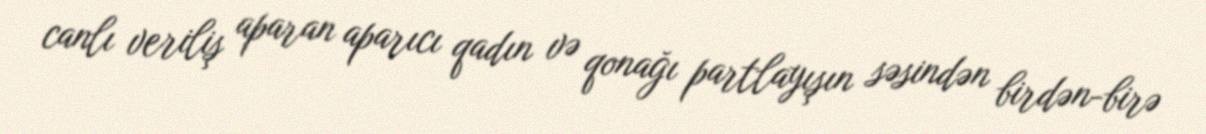
canlı veriliş aparan aparıcı qadın və qonağı partlayışın səsindən birdən-birə